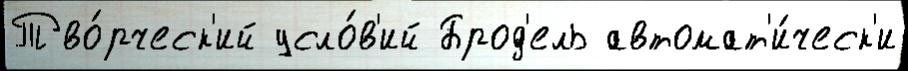
Тво́рческ'ий усло́в'ий Брод'ель автомат'и́ческ'и